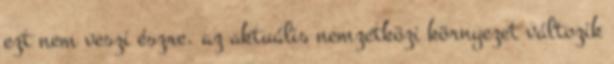
ezt nem veszi észre. az aktuális nemzetközi környezet változik